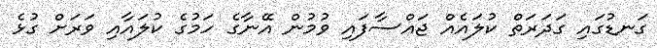
ގަނޑުގައި ގަދަރަތް ކުލައެއް ޖައްސާފައި ވުމުން އޭނާގެ ހަމުގެ ކުލައާއި ވަރަށް ގުޅެ